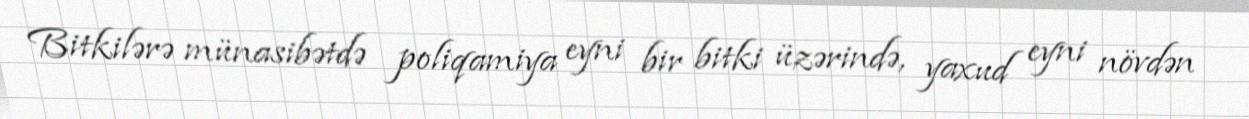
Bitkilərə münasibətdə poliqamiya eyni bir bitki üzərində, yaxud eyni növdən